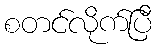
စတင်လိုက်ပြီ